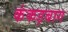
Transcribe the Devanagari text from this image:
कंकड़बाग